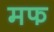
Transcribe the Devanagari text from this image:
मफ